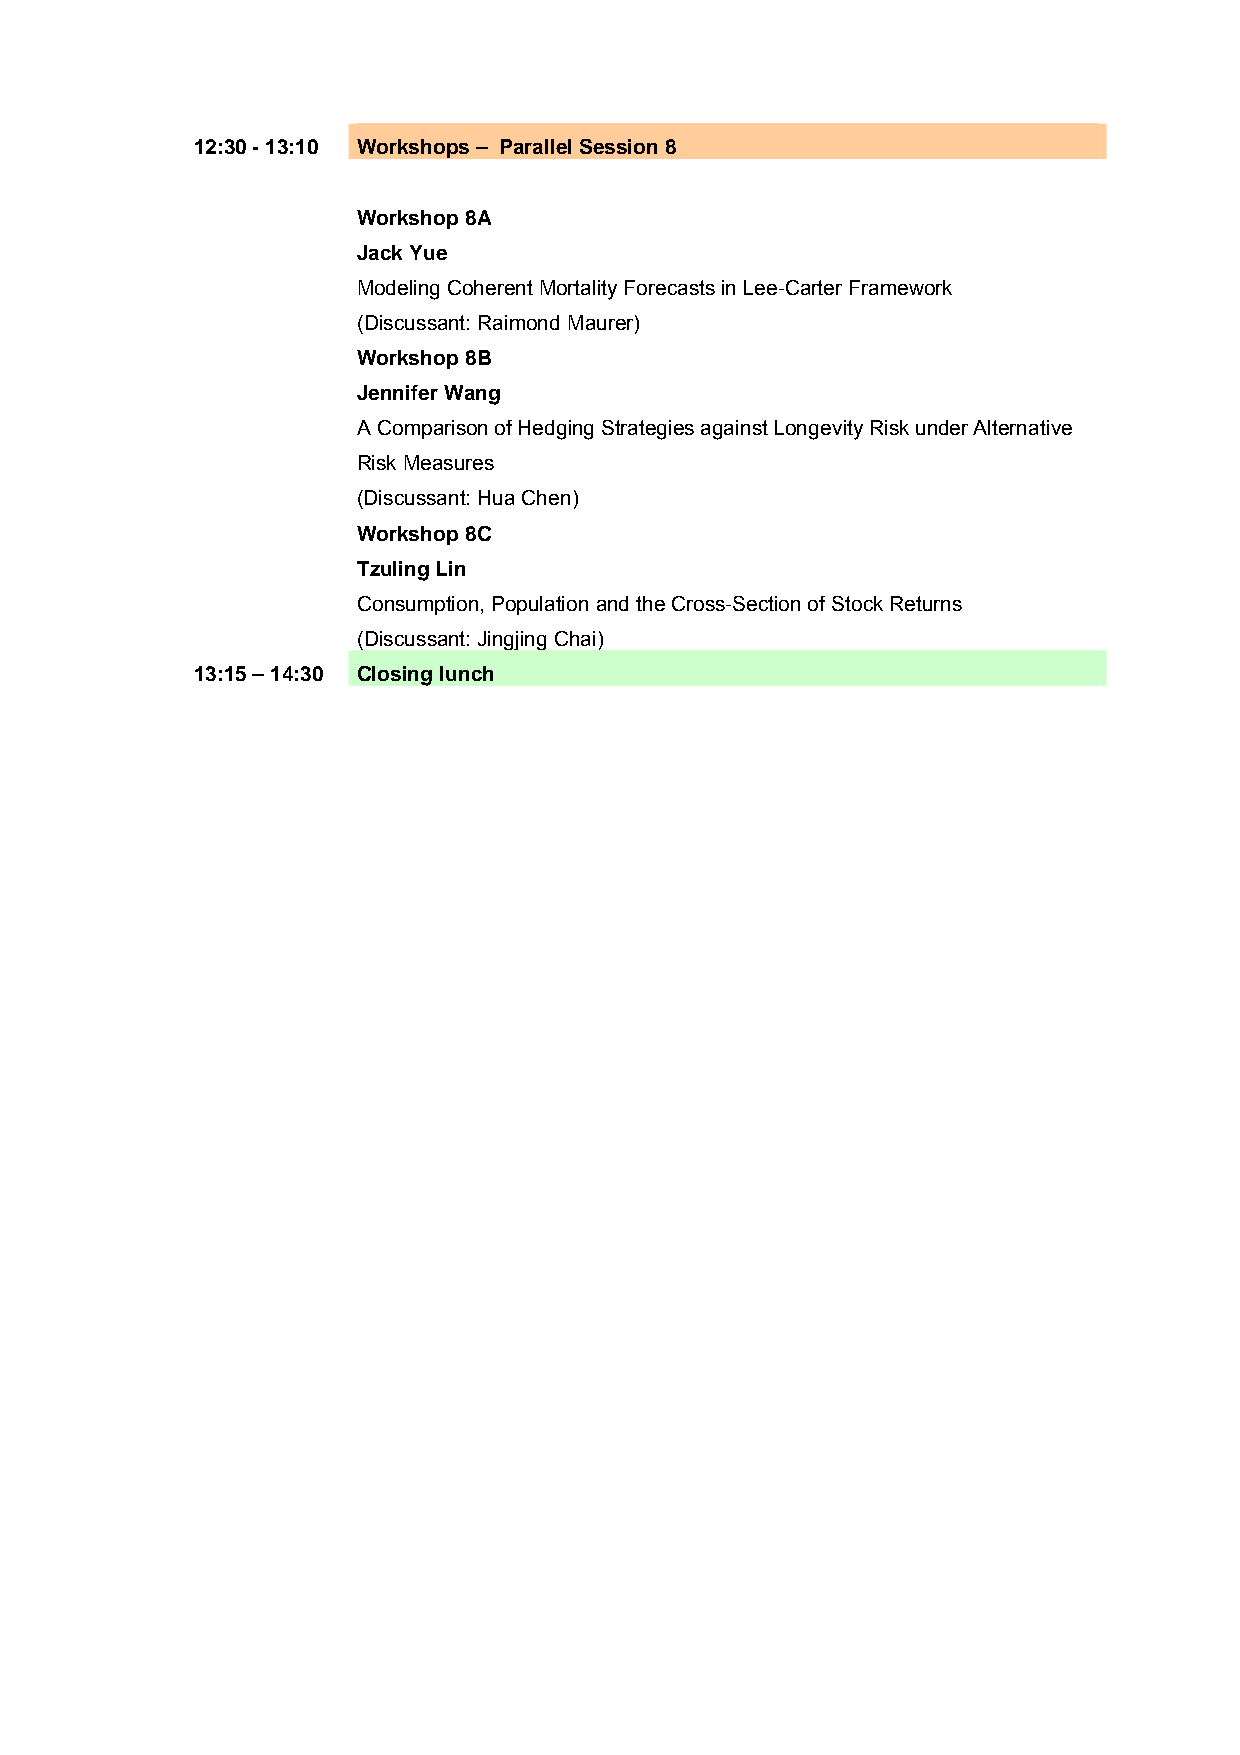
12:30 - 13:10 Workshops – Parallel Session 8
 Workshop 8A
 Jack Yue
 Modeling Coherent Mortality Forecasts in Lee-Carter Framework
 (Discussant: Raimond Maurer)
 Workshop 8B
 Jennifer Wang
 A Comparison of Hedging Strategies against Longevity Risk under Alternative
 Risk Measures
 (Discussant: Hua Chen)
 Workshop 8C
 Tzuling Lin
 Consumption, Population and the Cross-Section of Stock Returns
 (Discussant: Jingjing Chai)
 13:15 – 14:30 Closing lunch